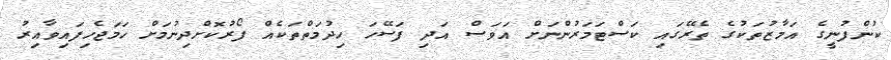
ކުންފުނީގެ އަމާޒުތަކުގެ ތެރޭގައި ކަސްޓަމަރުންނަށް އަވަސް އަދި ފަސޭހަ ހިދުމަތްތަކެއް ފޯރުކޮށްދިނުމަށް ހަމަޖެހިފައިވާއިރު